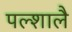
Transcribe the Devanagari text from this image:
पल्शालै